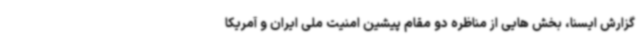
گزارش ایسنا، بخش هایی از مناظره دو مقام پیشین امنیت ملی ایران و آمریکا